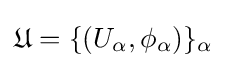
{\mathfrak {U}}=\{(U_{\alpha },\phi _{\alpha })\}_{\alpha }